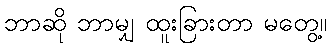
ဘာဆို ဘာမျှ ထူးခြားတာ မတွေ့။